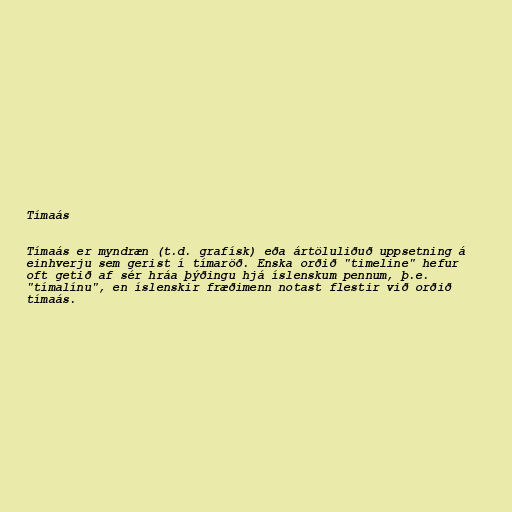
Tímaás

Tímaás er myndræn (t.d. grafísk) eða ártöluliðuð uppsetning á
einhverju sem gerist í tímaröð. Enska orðið "timeline" hefur
oft getið af sér hráa þýðingu hjá íslenskum pennum, þ.e.
"tímalínu", en íslenskir fræðimenn notast flestir við orðið
tímaás.